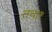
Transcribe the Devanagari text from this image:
तथा१